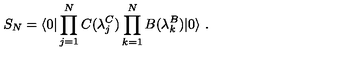
{ S } _ { N } = { \langle 0 | \prod _ { j = 1 } ^ { N } C ( \lambda _ { j } ^ { C } ) \prod _ { k = 1 } ^ { N } B ( \lambda _ { k } ^ { B } ) | 0 \rangle } \ .